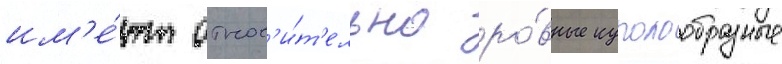
им'е́ют относ'и́т'ельно ро́вные куполообразные